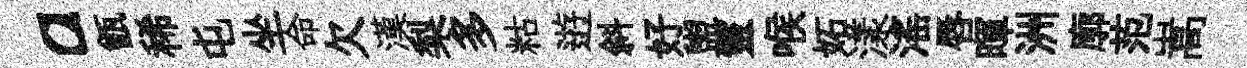
a甑稀屯坐命欠漢梨多䊀逰斜好盥靈喉妬漾滛唇暉洲廓范嵩